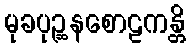
မုခပုဉ္ဆနစောဠကန္တိ